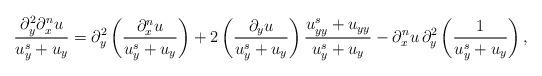
LaTeX: \begin{align*} \frac{{\partial^2_{y} {\partial^n_x u}}}{u^s_y + {u}_y} =\partial^2_y \left(\frac{{ {\partial^n_x u}}}{u^s_y + {u}_y} \right) + 2\left(\frac{{ \partial_y {u}}}{u^s_y + {u}_y}\right)\frac{u^s_{yy} + {u}_{yy}}{{u^s_y + {u}_y}} - {\partial^n_x u} \, \partial^2_y\left(\frac{1}{u^s_y + {u}_y}\right), \end{align*}